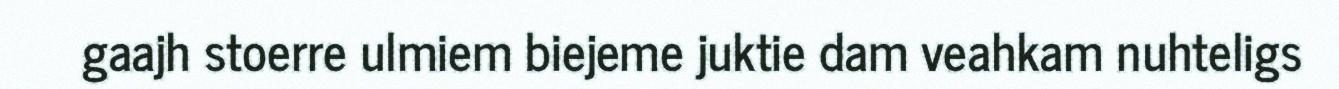
gaajh stoerre ulmiem biejeme juktie dam veahkam nuhteligs